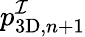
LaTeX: p_{\mathrm{3D},n+1}^{\mathcal{I}}